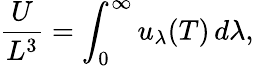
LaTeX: {\frac{U}{L^{3}}}=\int_{0}^{\infty}u_{\lambda}(T)\, d\lambda,